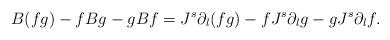
LaTeX: \begin{align*}B(fg) - f Bg -g Bf= J^s \partial_l (fg) - f J^s \partial_l g - g J^s \partial_l f.\end{align*}